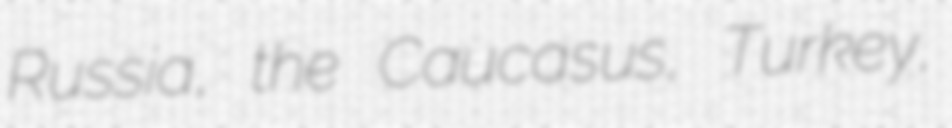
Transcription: Russia, the Caucasus, Turkey,